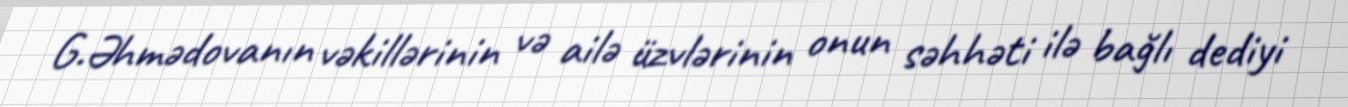
G.Əhmədovanın vəkillərinin və ailə üzvlərinin onun səhhəti ilə bağlı dediyi